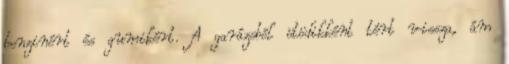
benzinért és gumikért. A garázsból ötödikként tért vissza, ám